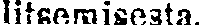
litsemisesta.